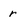
Character: r